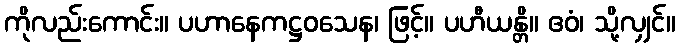
ကိုလည်းကောင်း။ ပဟာနေကဋ္ဌဝသေန၊ ဖြင့်။ ပဟီယန္တိ။ ဧဝံ၊ သို့လျှင်။